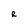
Character: R